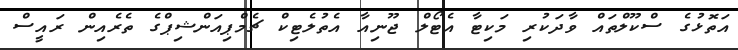
އަތޮޅުގެ ސްކޫލްތައް ވާދަކުރި މަކިޓާ އެޓޯލް ޖޫނިއާ އެތުލެޓިކް ޗެމްޕިއަންޝިޕްގެ ތެރެއިން ރައީސް